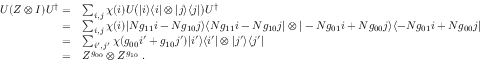
\begin{array} { r l } { U ( Z \otimes I ) U ^ { \dag } = } & { \sum _ { i , j } \chi ( i ) U \big ( | i \rangle \langle i | \otimes | j \rangle \langle j | \big ) U ^ { \dag } } \\ { = } & { \sum _ { i , j } \chi ( i ) | N g _ { 1 1 } i - N g _ { 1 0 } j \rangle \langle N g _ { 1 1 } i - N g _ { 1 0 } j | \otimes | - N g _ { 0 1 } i + N g _ { 0 0 } j \rangle \langle - N g _ { 0 1 } i + N g _ { 0 0 } j | } \\ { = } & { \sum _ { i ^ { \prime } , j ^ { \prime } } \chi ( g _ { 0 0 } i ^ { \prime } + g _ { 1 0 } j ^ { \prime } ) | i ^ { \prime } \rangle \langle i ^ { \prime } | \otimes | j ^ { \prime } \rangle \langle j ^ { \prime } | } \\ { = } & { Z ^ { g _ { 0 0 } } \otimes Z ^ { g _ { 1 0 } } \; . } \end{array}